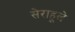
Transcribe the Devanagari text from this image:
सेराहूले